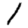
Digit: 1